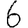
Digit: 6